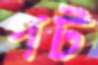
পট